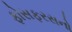
ફોસફરસનો